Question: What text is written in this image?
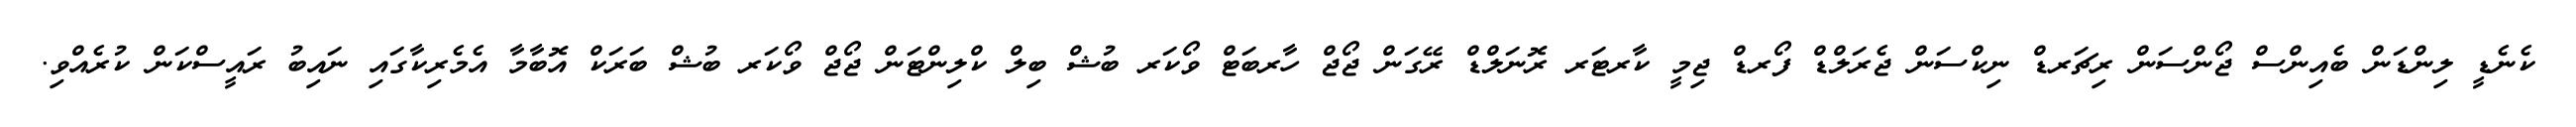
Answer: ކެނެޑީ ލިންޑަން ބެއިންސް ޖޯންސަން ރިޗަރޑް ނިކްސަން ޖެރަލްޑް ފޯރޑް ޖިމީ ކާރޓަރ ރޮނަލްޑް ރޭގަން ޖޯޖް ހާރބަޓް ވޯކަރ ބުޝް ބިލް ކްލިންޓަން ޖޯޖް ވޯކަރ ބުޝް ބަރަކް އޮބާމާ އެމެރިކާގައި ނައިބު ރައީސްކަން ކުރެއްވި.